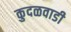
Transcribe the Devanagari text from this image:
कुदळवाडी